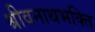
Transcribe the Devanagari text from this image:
श्रीवनाथभक्ति